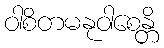
ဝါစိတမနုဝါစေန္တိ